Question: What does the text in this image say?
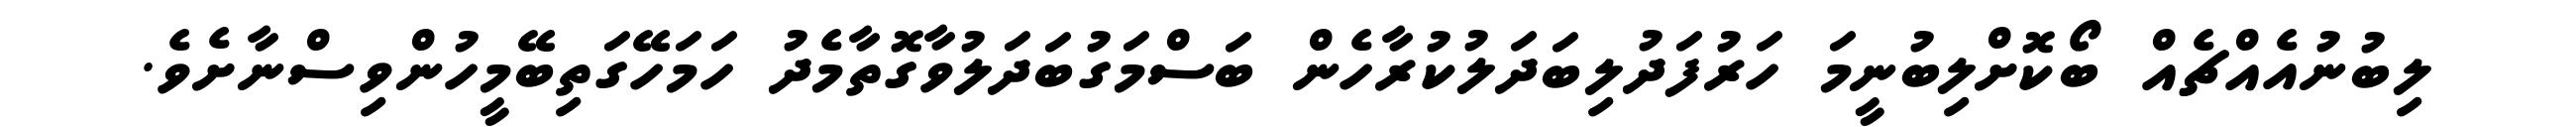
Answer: ލިބުނުއެއްޗެއް ބޯކޮށްލިބުނީމަ ހަރުފަދުލިބަދަލުކުރާހެން ބަސްމަގުބަދަލުވާގޮތާމެދު ހަމަހޭގަތިބޭމީހުންވިސްނާށެވެ.